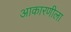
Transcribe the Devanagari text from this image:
आकारणीला